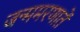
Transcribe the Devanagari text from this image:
जन्ममरणातें